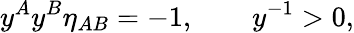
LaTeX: y^{A}y^{B}\eta_{AB}=-1,\qquad y^{-1}>0,